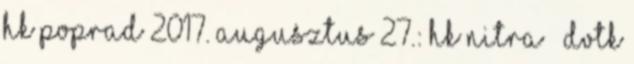
HK Poprad 2017. augusztus 27.: HK Nitra – DVTK